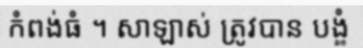
កំពង់ធំ ។ សាឡាស់ ត្រូវបាន បង្ខំ